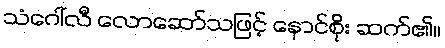
သံဂေါ်လီ လောဆော်သဖြင့် နောင်စိုး ဆက်၏။